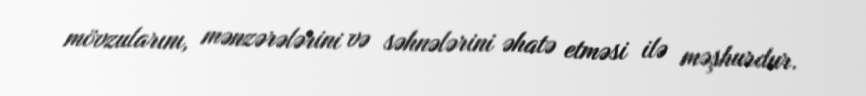
mövzularını, mənzərələrini və səhnələrini əhatə etməsi ilə məşhurdur.